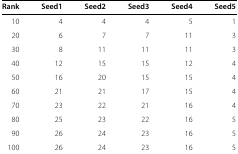
| Rank | Seed1 | Seed2 | Seed3 | Seed4 | Seed5 |
 | --- | --- | --- | --- | --- | --- |
 | 10 | 4 | 4 | 4 | 5 | 1 |
 | 20 | 6 | 7 | 7 | 11 | 3 |
 | 30 | 8 | 11 | 11 | 11 | 3 |
 | 40 | 12 | 15 | 15 | 12 | 4 |
 | 50 | 16 | 20 | 15 | 15 | 4 |
 | 60 | 21 | 21 | 17 | 15 | 4 |
 | 70 | 23 | 22 | 21 | 16 | 4 |
 | 80 | 25 | 23 | 22 | 16 | 5 |
 | 90 | 26 | 24 | 23 | 16 | 5 |
 | 100 | 26 | 24 | 23 | 16 | 5 |